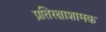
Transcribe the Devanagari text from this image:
प्रतिरक्षाशामक